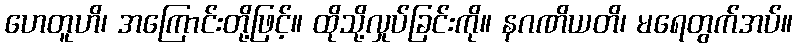
ဟေတူဟိ၊ အကြောင်းတို့ဖြင့်။ ထိုသို့လှုပ်ခြင်းကို။ နဂဏိယတိ၊ မရေတွက်အပ်။